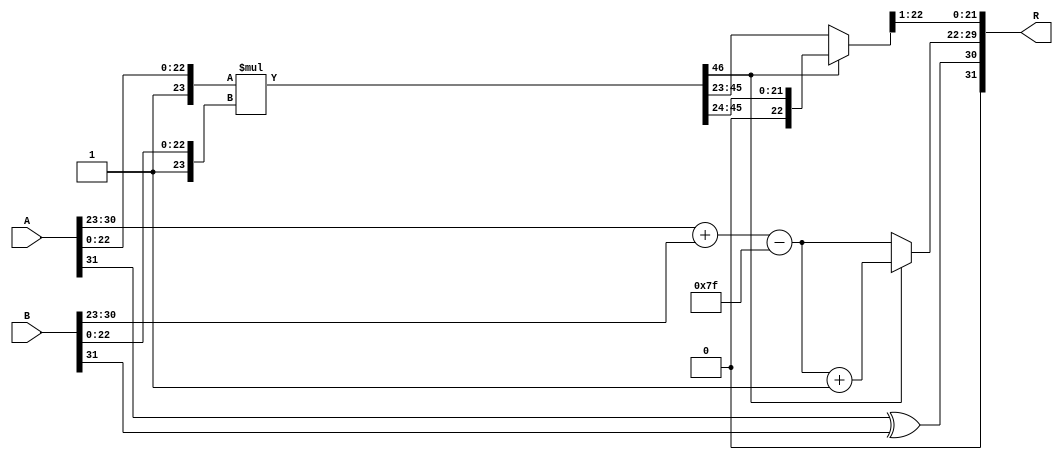
module floating_point_multiplier (
    input  wire [31:0] A,  // First floating-point input
    input  wire [31:0] B,  // Second floating-point input
    output reg  [31:0] R   // Result of the multiplication
);

    // Constants
    localparam BIAS = 8'd127;
    localparam MANTISSA_WIDTH = 23;
    
    // Decomposing inputs
    wire S_A = A[31]; // Sign bit of A
    wire [7:0] E_A = A[30:23]; // Exponent of A
    wire [MANTISSA_WIDTH-1:0] M_A = A[22:0]; // Mantissa of A

    wire S_B = B[31]; // Sign bit of B
    wire [7:0] E_B = B[30:23]; // Exponent of B
    wire [MANTISSA_WIDTH-1:0] M_B = B[22:0]; // Mantissa of B

    // Sign Calculation
    wire S_R = S_A ^ S_B; // Result sign

    // Exponent Calculation
    wire [8:0] E_R_temp = {1'b0, E_A} + {1'b0, E_B} - BIAS; // Temporary exponent
    wire [7:0] E_R = E_R_temp[7:0]; // Result exponent

    // Mantissa Calculation
    wire [MANTISSA_WIDTH:0] M_A_prime = {1'b1, M_A}; // Normalized mantissa of A
    wire [MANTISSA_WIDTH:0] M_B_prime = {1'b1, M_B}; // Normalized mantissa of B
    wire [2*MANTISSA_WIDTH:0] P = M_A_prime * M_B_prime; // Product of mantissas

    // Normalization
    reg [MANTISSA_WIDTH-1:0] M_R;
    reg [7:0] E_R_final;
    
    always @(*) begin
        // Check if normalization is needed
        if (P[2*MANTISSA_WIDTH] == 1'b1) begin
            // If the product is greater than or equal to 2, shift right
            M_R = P[2*MANTISSA_WIDTH-1:MANTISSA_WIDTH+1]; // Right shift
            E_R_final = E_R + 1; // Increase exponent
        end else begin
            // If the product is less than 2, use it directly
            M_R = P[2*MANTISSA_WIDTH-1:MANTISSA_WIDTH]; // Use mantissa directly
            E_R_final = E_R; // Keep exponent same
        end
    end

    // Rounding (simple round to nearest even)
    reg [MANTISSA_WIDTH:0] M_R_rounded;
    always @(*) begin
        if (M_R[MANTISSA_WIDTH] == 1'b1) begin
            // If the last bit is 1, we need to round
            M_R_rounded = M_R + 1; // Round up
        end else begin
            M_R_rounded = M_R; // No rounding
        end
    end

    // Output Formatting
    always @(*) begin
        R = {S_R, E_R_final, M_R_rounded[MANTISSA_WIDTH-1:1]}; // Pack result
    end

endmodule